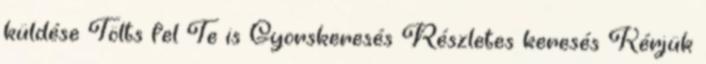
küldése Tölts fel Te is Gyorskeresés Részletes keresés Kérjük